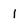
Character: i